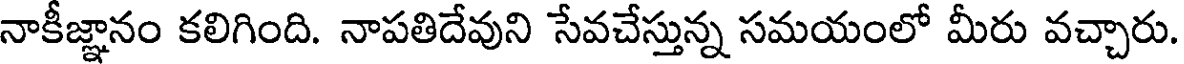
నాకీజ్ఞానం కలిగింది. నాపతిదేవుని సేవచేస్తున్న సమయంలో మీరు వచ్చారు